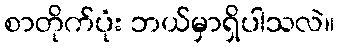
စာတိုက်ပုံး ဘယ်မှာရှိပါသလဲ။